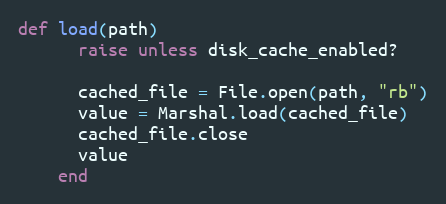
Language: Ruby
def load(path)
      raise unless disk_cache_enabled?

      cached_file = File.open(path, "rb")
      value = Marshal.load(cached_file)
      cached_file.close
      value
    end